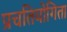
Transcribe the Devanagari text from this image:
प्रचतियोगिता